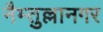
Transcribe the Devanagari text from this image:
नैम्तुल्लानगर